Vaccine operations Central Provinces & Berar 1912-1920 - 1912-1920
Year: 1912
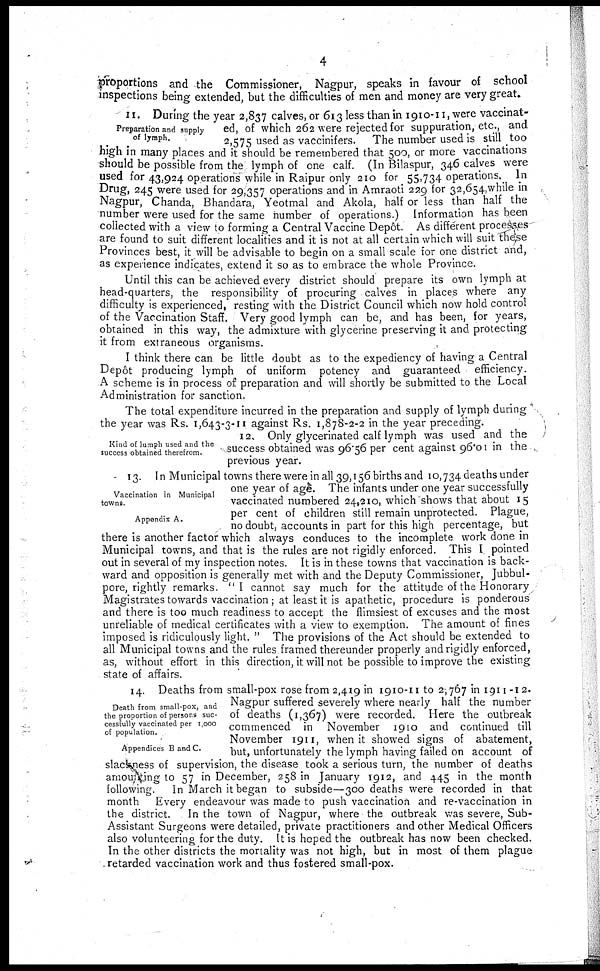
4
proportions and the Commissioner, Nagpur, speaks in favour of school
inspections being extended, but the difficulties of men and money are very great.
Preparation and supply
of lymph.
II. During the year 2,837 calves, or 613 less than in 1910-11, were vaccinat-
ed, of which 262 were rejected for suppuration, etc., and
2,575 used as vaccinifers. The number used is still too
nigh in many places and it should be remembered that 500, or more vaccinations
should be possible from the lymph of one calf. (In Bilaspur, 346 calyes were
used for 43,924 operations while in Raipur only 210 for 55,734 operations. In
Drug, 245 were used for 29,357 operations and in Amraoti 229 for 32,654,while in
Nagpur, Chanda, Bhandara, Yeotmal and Akola, half or less than half the
number were used for the same number of operations.) Information has been
collected with a view to forming a Central Vaccine Depôt. As different processes
are found to suit different localities and it is not at all certain which will suit these
Provinces best, it will be advisable to begin on a small scale for one district and,
as experience indicates, extend it so as to embrace the whole Province.
Until this can be achieved every district should prepare its own lymph at
head-quarters, the responsibility of procuring calves in places where any
difficulty is experienced, resting with the District Council which now hold control
of the Vaccination Staff. Very good lymph can be, and has been, for years,
obtained in this way, the admixture with glycerine preserving it and protecting
it from extraneous organisms.
I think there can be little doubt as to the expediency of having a Central
Depôt producing lymph of uniform potency and guaranteed efficiency.
A scheme is in process of preparation and will shortly be submitted to the Local
Administration for sanction.
Kind of lumph used and the
success obtained therefrom.
The total expenditure incurred in the preparation and supply of lymph during
the year was Rs. 1,643-3-11 against Rs. 1,878-2-2 in the year preceding.
12. Only glycerinated calf lymph was used and the
success obtained was 96.56 per cent against 96.01 in the
previous year.
Vaccination in Municipal
towns.
Appendix A.
13. In Municipal towns there were in all 39,156 births and 10,734 deaths under
one year of age. The infants under one year successfully
vaccinated numbered 24,210, which shows that about 15
per cent of children still remain unprotected. Plague,
no doubt, accounts in part for this high percentage, but
there is another factor which always conduces to the incomplete work done in
Municipal towns, and that is the rules are not rigidly enforced. This I pointed
out in several of my inspection notes. It is in these towns that vaccination is back-
ward and opposition is generally met with and the Deputy Commissioner, Jubbul¬
pore, rightly remarks. "I cannot say much for the attitude of the Honorary
Magistrates towards vaccination ; at least it is apathetic, procedure is ponderous
and there is too much readiness to accept the flimsiest of excuses and the most
unreliable of medical certificates with a view to exemption. The amount of fines
imposed is ridiculously light." The provisions of the Act should be extended to
all Municipal towns and the rules framed thereunder properly and rigidly enforced,
as, without effort in this direction, it will not be possible to improve the existing
state of affairs.
Death from small-pox, and
the proportion of persons suc-
cessfully vaccinated per 1,000
of population.
Appendices B and C.
14. Deaths from small-pox rose from 2,419 in 1910-11 to 2,767 in 1911-12.
Nagpur suffered severely where nearly half the number
of deaths (1,367) were recorded. Here the outbreak
commenced in November 1910 and continued till
November 1911, when it showed signs of abatement,
but, unfortunately the lymph having failed on account of
slackness of supervision, the disease took a serious turn, the number of deaths
amounting to 57 in December, 258 in January 1912, and 445 in the month
following. In March it began to subside—300 deaths were recorded in that
month Every endeavour was made to push vaccination and re-vaccination in
the district. In the town of Nagpur, where the outbreak was severe, Sub-
Assistant Surgeons were detailed, private practitioners and other Medical Officers
also volunteering for the duty. It is hoped the outbreak has now been checked.
In the other districts the mortality was not high, but in most of them plague
retarded vaccination work and thus fostered small-pox.